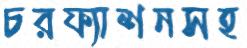
চরফ্যাশনসহ